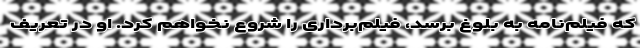
که فیلم‌نامه به بلوغ برسد، فیلم‌برداری را شروع نخواهم کرد. او در تعریف